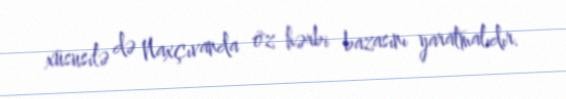
xüsusilə də Naxçıvanda öz hərbi bazasını yaratmalıdır.